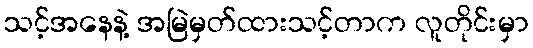
သင့်အနေနဲ့ အမြဲမှတ်ထားသင့်တာက လူတိုင်းမှာ